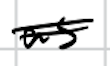
Text: as
Cross-out: double-line
Writing tool: digital_black